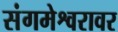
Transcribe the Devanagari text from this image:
संगमेश्वरावर